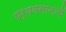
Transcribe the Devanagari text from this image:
पर्यवसानाचें